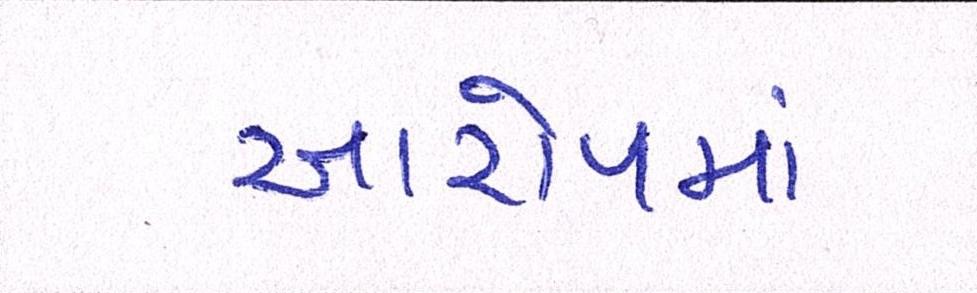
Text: આરોપમાં